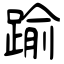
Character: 踰